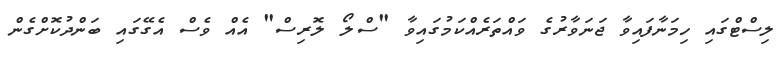
ލިސްޓްގައި ހިމަނާފައިވާ ޖަނަވާރުގެ ވައްތަރެއްކަމުގައިވާ "ސްލޯ ލޮރިސް" އެއް ވެސް އެގޭގައި ބަންދުކޮށްގެން